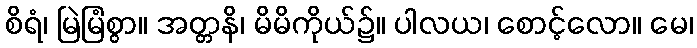
စိရံ၊ မြဲမြံစွာ။ အတ္တနိ၊ မိမိကိုယ်၌။ ပါလယ၊ စောင့်လော။ မေ၊